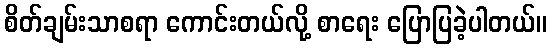
စိတ်ချမ်းသာစရာ ကောင်းတယ်လို့ စာရေး ပြောပြခဲ့ပါတယ်။